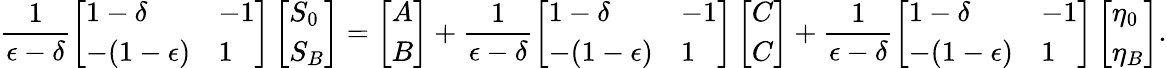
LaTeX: \frac{1}{\epsilon-\delta}\left[\begin{array}{ll}{1-\delta}&{-1}\\ {-(1-\epsilon)}&{1}\end{array}\right]\left[\begin{array}{l}{S_{0}}\\ {S_{B}}\end{array}\right]=\left[\begin{array}{l}{A}\\ {B}\end{array}\right]+\frac{1}{\epsilon-\delta}\left[\begin{array}{ll}{1-\delta}&{-1}\\ {-(1-\epsilon)}&{1}\end{array}\right]\left[\begin{array}{l}{C}\\ {C}\end{array}\right]+\frac{1}{\epsilon-\delta}\left[\begin{array}{ll}{1-\delta}&{-1}\\ {-(1-\epsilon)}&{1}\end{array}\right]\left[\begin{array}{l}{\eta_{0}}\\ {\eta_{B}}\end{array}\right].